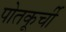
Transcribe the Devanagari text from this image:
पोतकूर्ची